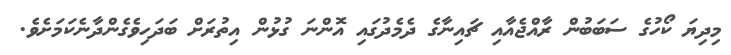
މިދިޔަ ކޯހުގެ ސަބަބުން ރާއްޖެއާއި ޗައިނާގެ ދެމެދުގައި އޮންނަ ގުޅުން އިތުރަށް ބަދަހިވެގެންދާނެކަމަށެވެ.